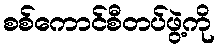
စစ်ကောင်စီတပ်ဖွဲ့ကို